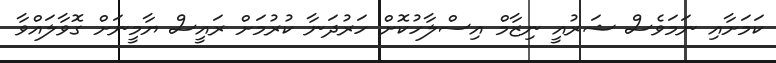
ކަމަށާއި ނަމަވެސް ޝަރުއީ ނިޒާމް އިސްލާހުކޮށް ހަރުދަނާ ކުރުމަށް ރައީސް ޔާމީނަށް ގޮވާލައްވާ